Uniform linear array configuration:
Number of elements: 32
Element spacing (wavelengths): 0.75
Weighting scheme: cosine
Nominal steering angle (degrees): -60
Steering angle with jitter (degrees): -59.153
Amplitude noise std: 0.05
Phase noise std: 0.05

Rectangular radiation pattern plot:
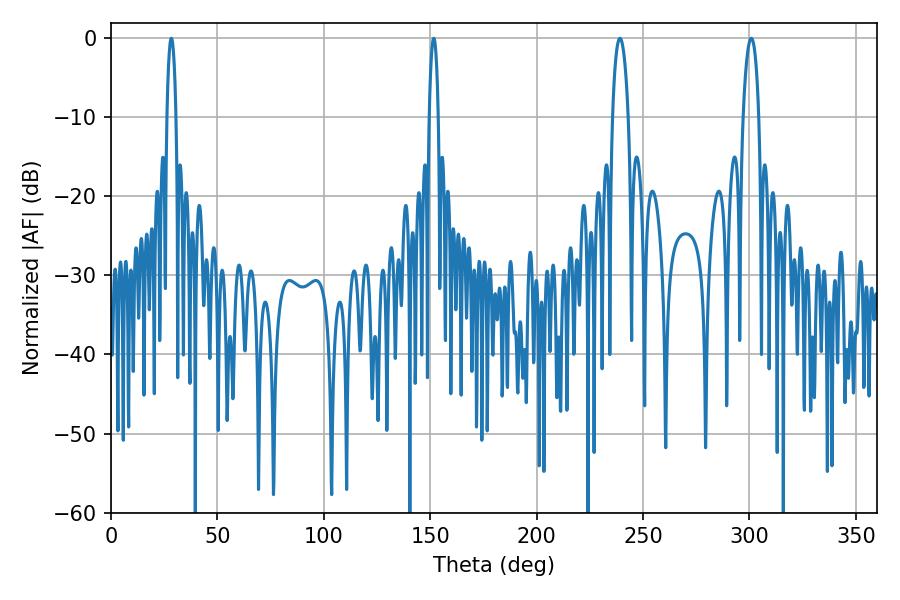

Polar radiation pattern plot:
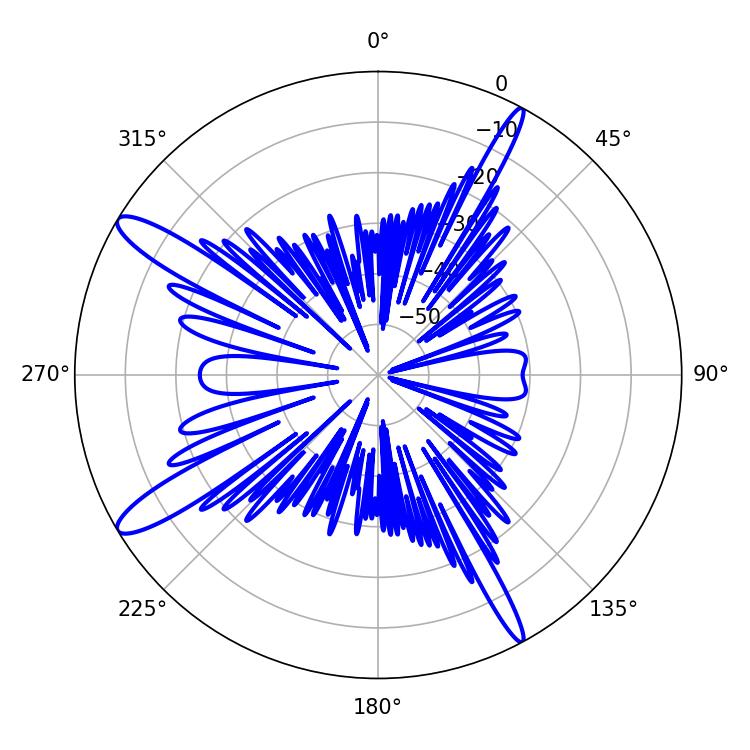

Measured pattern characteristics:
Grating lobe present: TRUE
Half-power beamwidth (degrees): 4.32
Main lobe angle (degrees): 239.22